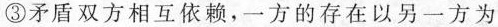
③矛盾双方相互依赖，一方的存在以另一方为